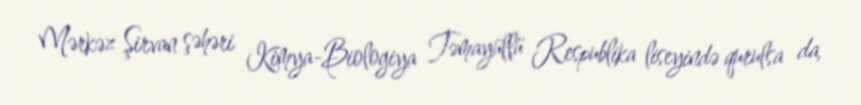
Mərkəz Şirvan şəhəri Kimya-Biologiya Təmayüllü Respublika liseyində qurulsa da,